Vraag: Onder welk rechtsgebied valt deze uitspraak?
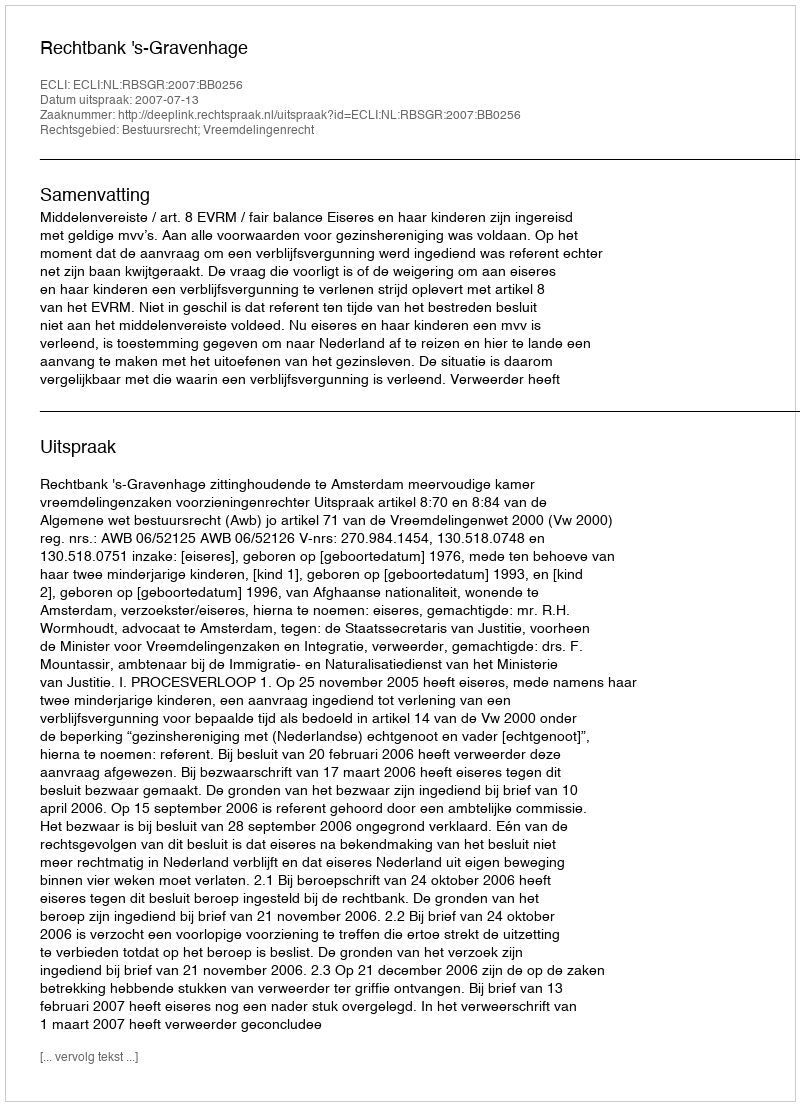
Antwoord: Bestuursrecht; Vreemdelingenrecht